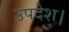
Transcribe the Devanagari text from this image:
उपदेश।